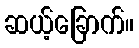
ဆယ့်ခြောက်။